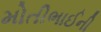
મોતીભાઈની